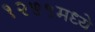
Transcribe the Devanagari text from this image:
१२५९मध्ये